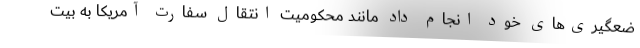
ضعگیری­های خود انجام داد مانند محکومیت انتقال سفارت آمریکا به بیت